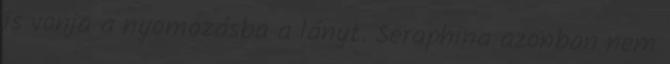
is vonja a nyomozásba a lányt. Seraphina azonban nem